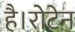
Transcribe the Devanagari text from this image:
है।रोटेन